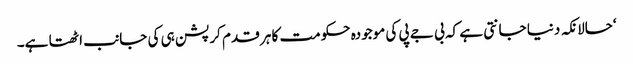
‘حالانکہ دنیا جانتی ہے کہ بی جے پی کی موجودہ حکومت کا ہر قدم کرپشن ہی کی جانب اٹھتا ہے۔